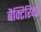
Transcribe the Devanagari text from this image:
बैक्टिरियां